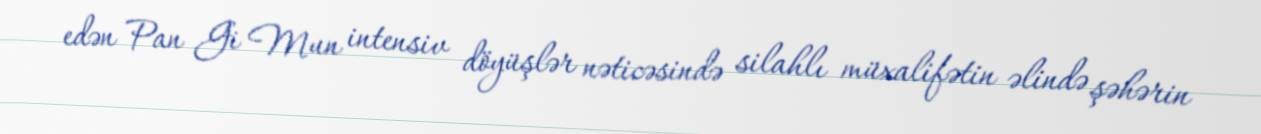
edən Pan Gi Mun intensiv döyüşlər nəticəsində silahlı müxalifətin əlində şəhərin